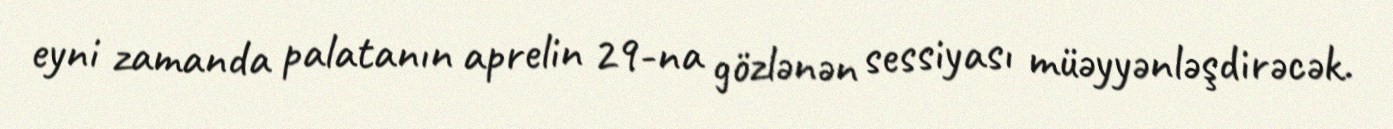
eyni zamanda palatanın aprelin 29-na gözlənən sessiyası müəyyənləşdirəcək.